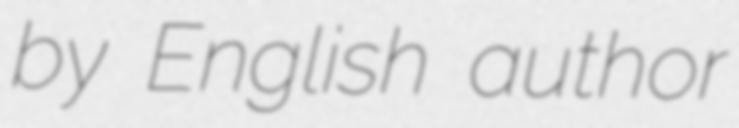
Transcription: by English author